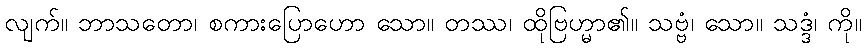
လျက်။ ဘာသတော၊ စကားပြောဟော သော။ တဿ၊ ထိုဗြဟ္မာ၏။ သဗ္ဗံ၊ သော။ သဒ္ဒံ၊ ကို။